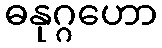
ဓနုဂ္ဂဟော